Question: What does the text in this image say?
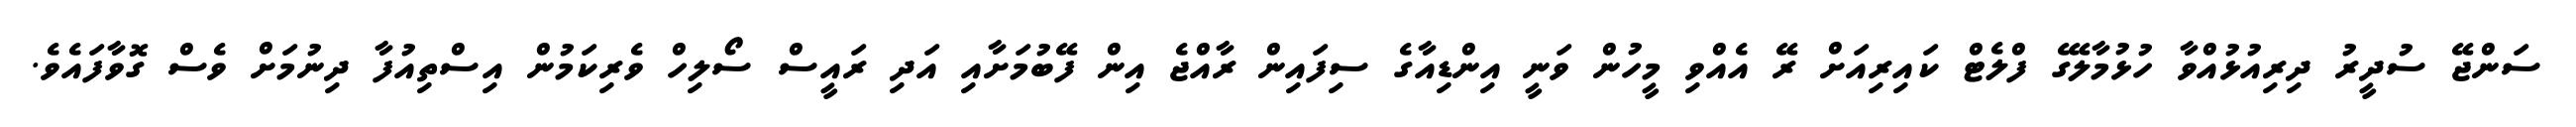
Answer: ސަންޖޭ ސުދީރު ދިރިއުޅުއްވާ ހުޅުމާލޭގެ ފްލެޓް ކައިރިއަށް ރޭ އެއްވި މީހުން ވަނީ އިންޑިއާގެ ސިފައިން ރާއްޖެ އިން ފޭބުމަށާއި އަދި ރައީސް ސޯލިހް ވެރިކަމުން އިސްތިއުފާ ދިނުމަށް ވެސް ގޮވާފައެވެ.